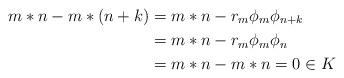
LaTeX: \begin{align*} m*n - m*(n+k) &= m*n - r_m\phi_m\phi_{n+k}\\ &= m*n - r_m\phi_m\phi_n \\ &= m*n-m*n = 0 \in K\end{align*}